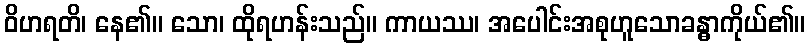
ဝိဟရတိ၊ နေ၏။ သော၊ ထိုရဟန်းသည်။ ကာယဿ၊ အပေါင်းအစုဟူသောခန္ဓာကိုယ်၏။